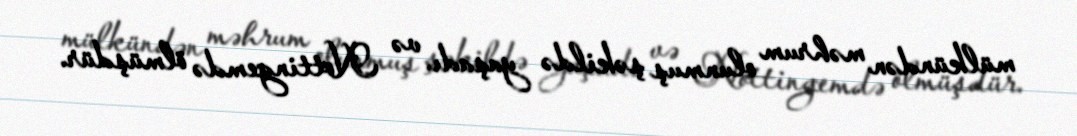
mülkündən məhrum olunmuş şəkildə yaşadı və Nottingemdə ölmüşdür.